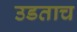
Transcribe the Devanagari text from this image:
उडताच